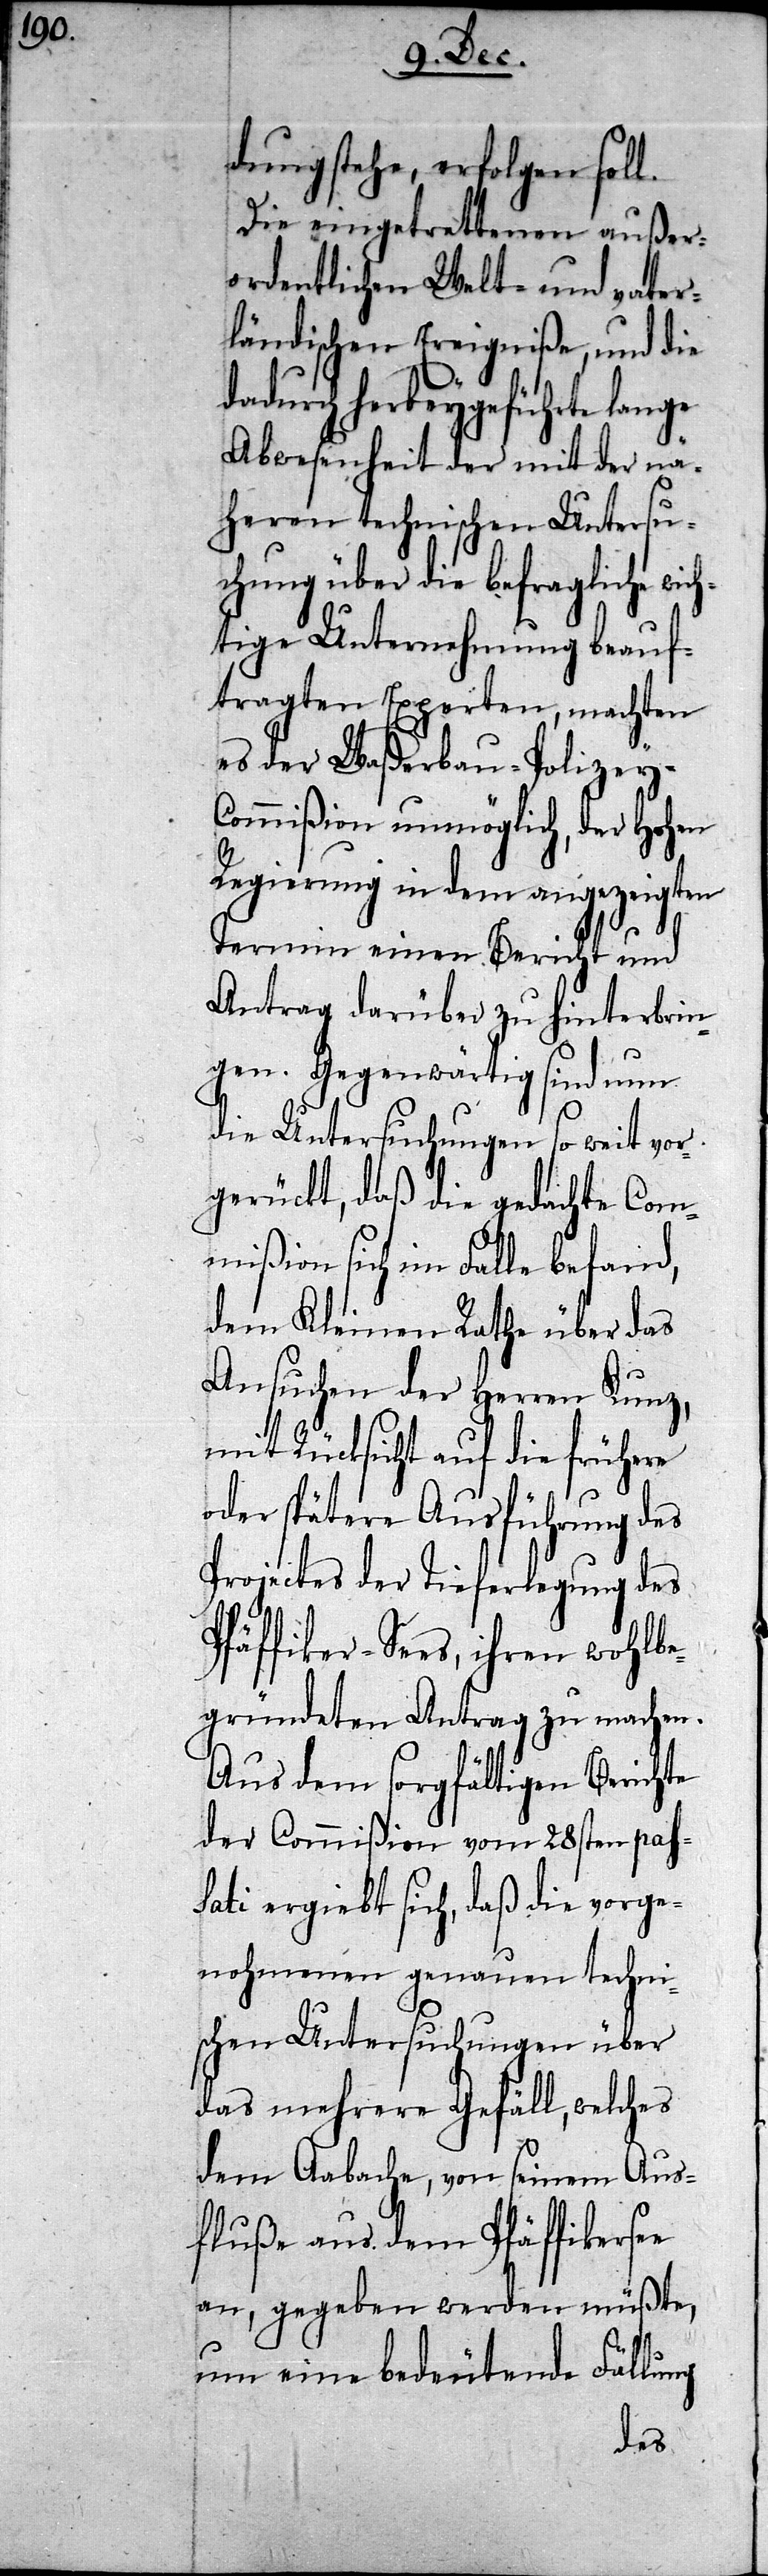
dung stehe, erfolgen soll.
Die eingetroffenen außer¬
ordentlichen Welt- und vater¬
ländischen Ereigniße, und die
dadurch herbeygeführte lange
Abwesenheit der mit der nä¬
heren technischen Untersu¬
chung über die befragliche wich¬
tige Unternehmung beauf¬
tragten Experten, machten
es der Waßerbau-Polizey-C¬
ommißion unmöglich, der Hohen
Regierung in dem angezeigten
Termin einen Bericht und
Antrag darüber zu hinterbrin¬
gen. Gegenwärtig sind nun
die Untersuchungen so weit vor¬
gerückt, daß die gedachte Com¬
mißion sich im Falle befand,
dem Kleinen Rathe über das
Ansuchen der Herren Kunz,
mit Rücksicht auf die frühere
oder spätere Ausführung des
Projectes der Tieferlegung des
Pfäffiker-Sees, ihren wohlbe¬
gründeten Antrag zu machen.
Aus dem sorgfältigen Berichte
der Commißion vom 28sten pas¬
sati ergiebt sich, daß die vorge¬
nohmenen genauen techni¬
schen Untersuchungen über
das mehrere Gefäll, welches
dem Aabache, von seinem Aus¬
fluße aus dem Pfäffikerse¬
e an, gegeben werden müßte,
um eine bedeutende Fällung